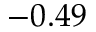
- 0 . 4 9